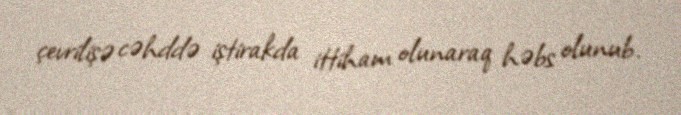
çevrilişə cəhddə iştirakda ittiham olunaraq həbs olunub.